Vaccination in the Punjab 1919-1929 - 1919-1929
Year: 1919
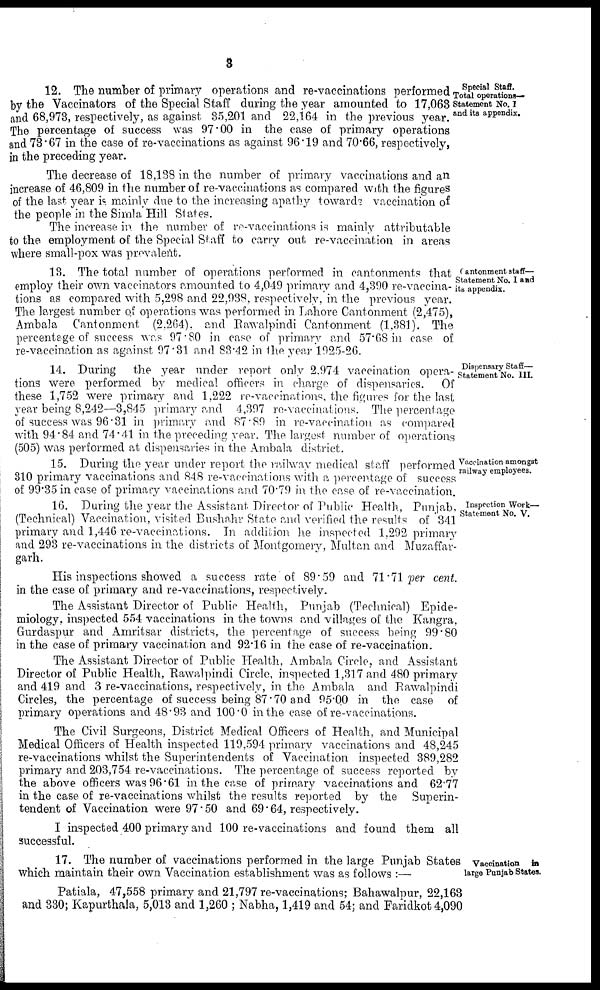
3
Special Staff.
Total operations—
Statement No. I
and its appendix.
12. The number of primary operations and re-vaccinations performed
by the Vaccinators of the Special Staff during the year amounted to 17,063
and 68,973, respectively, as against 35,201 and 22,164 in the previous year.
The percentage of success was 97.00 in the case of primary operations
and 73.67 in the case of re-vaccinations as against 96.19 and 70.66, respectively,
in the preceding year.
The decrease of 18,138 in the number of primary vaccinations and an
increase of 46,809 in the number of re-vaccinations as compared with the figures
of the last year is mainly due to the increasing apathy towards vaccination of
the people in the Simla Hill States.
The increase in the number of re-vaccinations is mainly attributable
to the employment of the Special Staff to carry out re-vaccination in areas
where small-pox was prevalent.
Cantonment staff—
Statement No. I and
its appendix.
13. The total number of operations performed in cantonments that
employ their own vaccinators amounted to 4,049 primary and 4,390 re-vaccina-
tions as compared with 5,298 and 22,938, respectively, in the previous year.
The largest number of operations was performed in Lahore Cantonment (2,475),
Ambala Cantonment (2,264), and Rawalpindi Cantonment (1,381). The
percentage of success was 97.80 in case of primary and 57.68 in case of
re-vaccination as against 97.31 and 83.42 in the year 1925-26.
Dispensary Staff—
Statement No. III.
14. During the year under report only 2,974 vaccination opera-
tions were performed by medical officers in charge of dispensaries. Of
these 1,752 were primary and 1,222 re-vaccinations, the figures for the last
year being 8,242—3,845 primary and 4,397 re-vaccinations. The percentage
of success was 96.31 in primary and 87.89 in re-vaccination as compared
with 94.84 and 74.41 in the preceding year. The largest number of operations
(505) was performed at dispensaries in the Ambala district.
Vaccination amongst
railway employees.
15. During the year under report the railway medical staff performed
310 primary vaccinations and 848 re-vaccinations with a percentage of success
of 99.35 in case of primary vaccinations and 70.79 in the case of re-vaccination.
Inspection Work—
Statement No. V.
16. During the year the Assistant Director of Public Health, Punjab,
(Technical) Vaccination, visited Bushahr State and verified the results of 341
primary and 1,446 re-vaccinations. In addition he inspected 1,292 primary
and 293 re-vaccinations in the districts of Montgomery, Multan and Muzaffar¬
garh.
His inspections showed a success rate of 89.59 and 71.71 per cent.
in the case of primary and re-vaccinations, respectively.
The Assistant Director of Public Health, Punjab (Technical) Epide-
miology, inspected 554 vaccinations in the towns and villages of the Kangra,
Gurdaspur and Amritsar districts, the percentage of success being 99.80
in the case of primary vaccination and 92.16 in the case of re-vaccination.
The Assistant Director of Public Health, Ambala Circle, and Assistant
Director of Public Health, Rawalpindi Circle, inspected 1,317 and 480 primary
and 419 and 3 re-vaccinations, respectively, in the Ambala and Rawalpindi
Circles, the percentage of success being 87.70 and 95.00 in the case of
primary operations and 48.93 and 100.0 in the case of re-vaccinations.
The Civil Surgeons, District Medical Officers of Health, and Municipal
Medical Officers of Health inspected 119,594 primary vaccinations and 48,245
re-vaccinations whilst the Superintendents of Vaccination inspected 389,282
primary and 203,754 re-vaccinations. The percentage of success reported by
the above officers was 96.61 in the case of primary vaccinations and 62.77
in the case of re-vaccinations whilst the results reported by the Superin-
tendent of Vaccination were 97.50 and 69.64, respectively.
I inspected 400 primary and 100 re-vaccinations and found them all
successful.
Vaccination
in
large Punjab States.
17. The number of vaccinations performed in the large Punjab States
which maintain their own Vaccination establishment was as follows :—
Patiala, 47,558 primary and 21,797 re-vaccinations; Bahawalpur, 22,163
and 330; Kapurthala, 5,013 and 1,260 ; Nabha, 1,419 and 54; and Faridkot 4,090